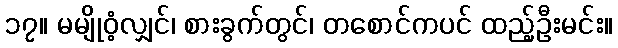
၁၇။ မမျိုဝံ့လျှင်၊ စားခွက်တွင်၊ တစောင်ကပင် ထည့်ဦးမင်း။